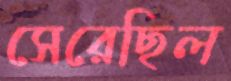
সেরেছিল